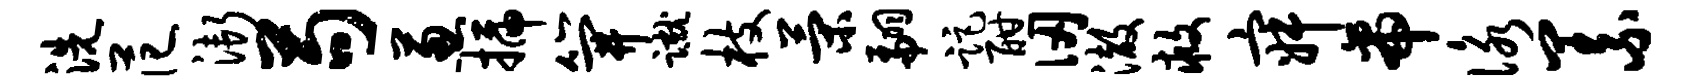
洗范渐苟葱插笄蹴枝策翩距酣仞澈救寂帝咏义